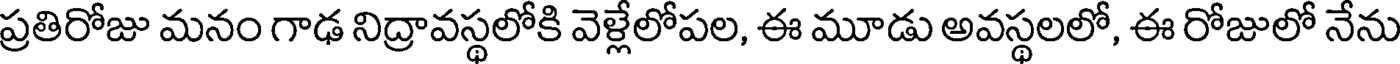
ప్రతిరోజు మనం గాఢ నిద్రావస్థలోకి వెళ్లేలోపల, ఈ మూడు అవస్థలలో, ఈ రోజులో నేను